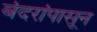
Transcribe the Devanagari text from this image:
बंदरांपासून